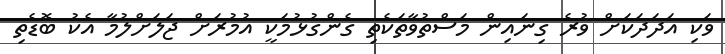
ވަކި އަދަދަކަށް ވުރެ ގިނައިން މަސްތުވާތަކެތި ގެންގުޅުމަކީ އުމުރަށް ޖަލަށްލުމާ އެކު ބޮޑެތި